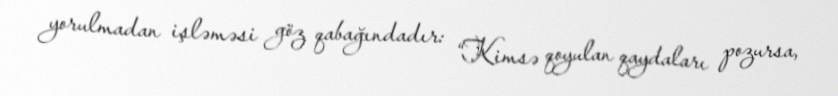
yorulmadan işləməsi göz qabağındadır: “Kimsə qoyulan qaydaları pozursa,